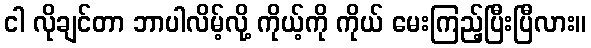
ငါ လိုချင်တာ ဘာပါလိမ့်လို့ ကိုယ့်ကို ကိုယ် မေးကြည့်ပြီးပြီလား။